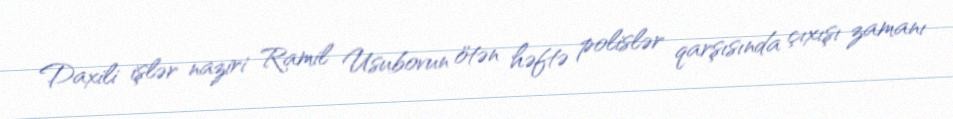
Daxili işlər naziri Ramil Usubovun ötən həftə polislər qarşısında çıxışı zamanı